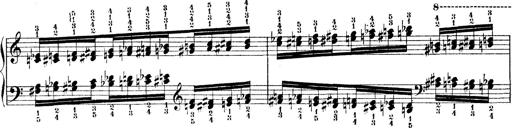
Title: Technische Studien
Composer: Franz Liszt